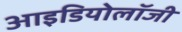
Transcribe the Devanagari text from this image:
आइडियोलॉजी